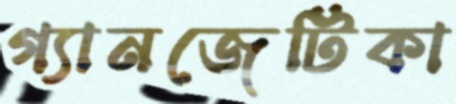
গ্যানজেটিকা